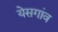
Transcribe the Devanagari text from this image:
येसगांव